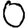
Digit: 0